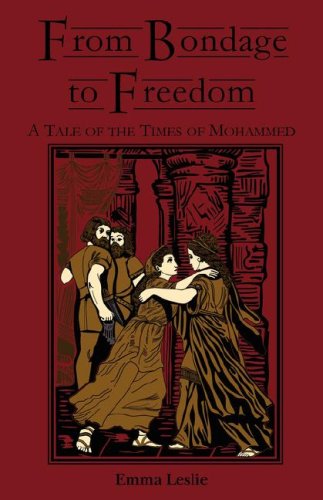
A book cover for From Bondage to Freedom: A Tale of the Times of Mohammed; Emma Leslie; Teen & Young Adult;